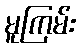
မူကြမ်း